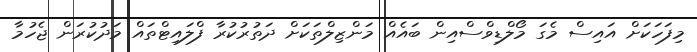
މިފަހަކަށް އައިސް މެގަ މޯލްޑިވްސްއިން ބައެއް މަންޒިލްތަކަށް ދަތުރުކުރާ ފްލައިޓްތައް މަދުކުރަން ޖެހުމާ